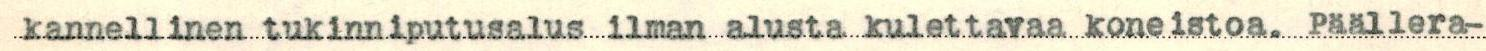
kannellinen tukinniputusalus ilman alusta kulettavaa koneistoa. Päällera-